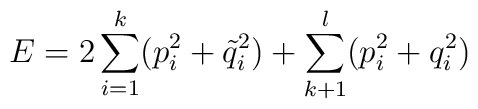
E = 2\sum_{i=1}^k (p_i^2+\tilde q^2_i) +\sum_{k+1}^l (p_i^2+q_i^2)